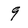
Character: 9